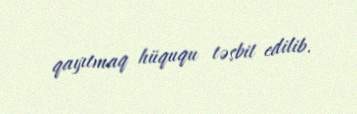
qayıtmaq hüququ təsbit edilib.